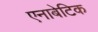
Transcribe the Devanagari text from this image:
एनाबेटिक